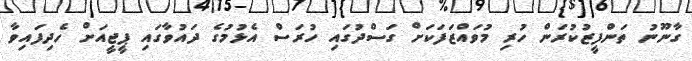
ގާނޫނު ތަންފީޒުކުރަން ހުރި މުވައްޒަފަކަށް ގަސްދުގައި ހުރަސް އެޅުމުގެ ދައުވާގައި ޕީޖީއަށް ހެދިފައިވާ